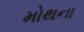
મોથના